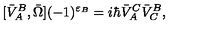
[ \bar { V } _ { A } ^ { B } , \bar { \Omega } ] ( - 1 ) ^ { \varepsilon _ { B } } = i \hbar \bar { V } _ { A } ^ { C } \bar { V } _ { C } ^ { B } ,